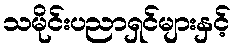
သမိုင်းပညာရှင်များနှင့်